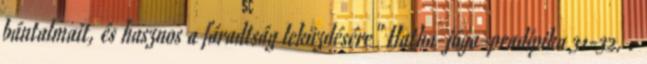
bántalmait, és hasznos a fáradtság leküzdésére" Hatha-jóga-pradípika 31-32. .